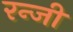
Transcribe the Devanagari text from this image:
रन्जी